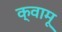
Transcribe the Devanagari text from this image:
क्वामू